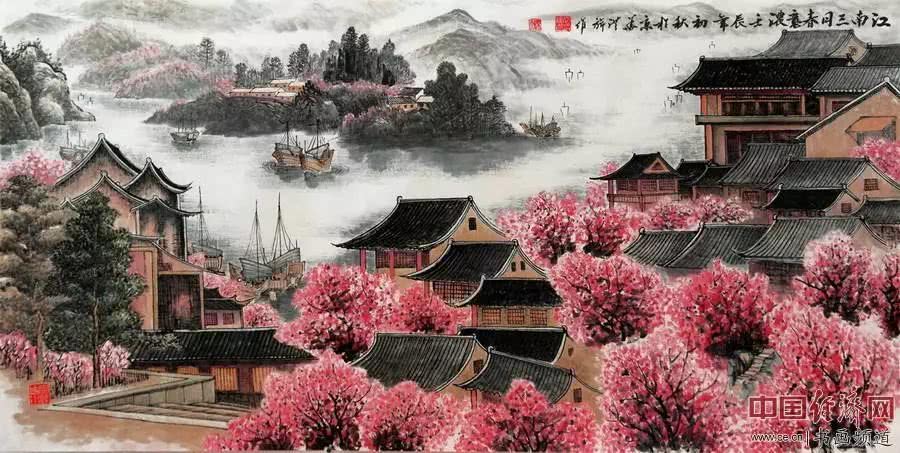
日晚江南望江北，寒鸦飞尽水悠悠。